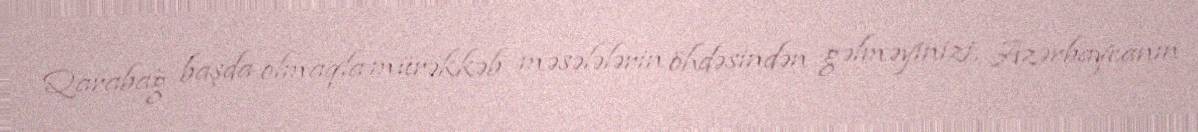
Qarabağ başda olmaqla mürəkkəb məsələlərin öhdəsindən gəlməyinizi, Azərbaycanın